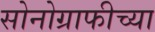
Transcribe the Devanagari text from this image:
सोनोग्राफीच्या